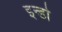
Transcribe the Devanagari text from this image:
इन्डो